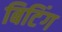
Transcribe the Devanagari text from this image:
बिटिंग